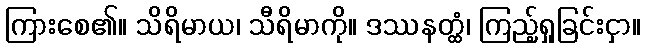
ကြားစေ၏။ သိရိမာယ၊ သီရိမာကို။ ဒဿနတ္ထံ၊ ကြည့်ရှုခြင်းငှာ။